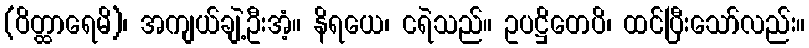
(ဝိတ္ထာရေမိ)၊ အကျယ်ချဲ့ဦးအံ့။ နိရယေ၊ ငရဲသည်။ ဥပဋ္ဌိတေပိ၊ ထင်ပြီးသော်လည်း။